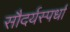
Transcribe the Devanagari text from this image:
सौदर्यस्पर्धा